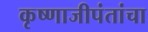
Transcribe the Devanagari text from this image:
कृष्णाजीपंतांचा